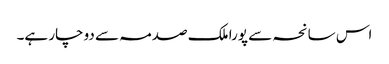
اس سانحہ سے پورا ملک صدمہ سے دوچار ہے۔